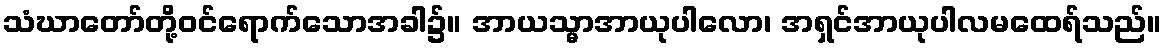
သံဃာတော်တို့ဝင်ရောက်သောအခါ၌။ အာယသ္မာအာယုပါလော၊ အရှင်အာယုပါလမထေရ်သည်။